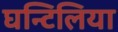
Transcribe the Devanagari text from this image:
घन्टिलिया